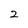
Character: z